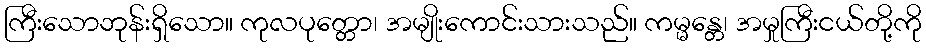
ကြီးသောဘုန်းရှိသော။ ကုလပုတ္တော၊ အမျိုးကောင်းသားသည်။ ကမ္မန္တေ၊ အမှုကြီးငယ်တို့ကို